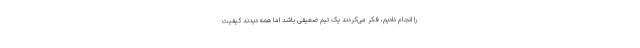
را انجام دادیم، فکر می‌کردند یک تیم ضعیفی باشد اما همه دیدند کیفیت